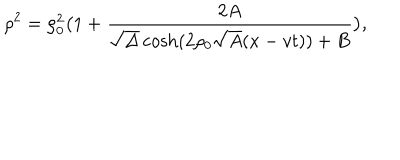
\rho ^ { 2 } = \rho _ { 0 } ^ { 2 } \bigl ( 1 + { \frac { 2 A } { \sqrt { \Delta } \cosh ( 2 \rho _ { 0 } \sqrt { A } ( x - v t ) ) + B } } \bigr ) ,